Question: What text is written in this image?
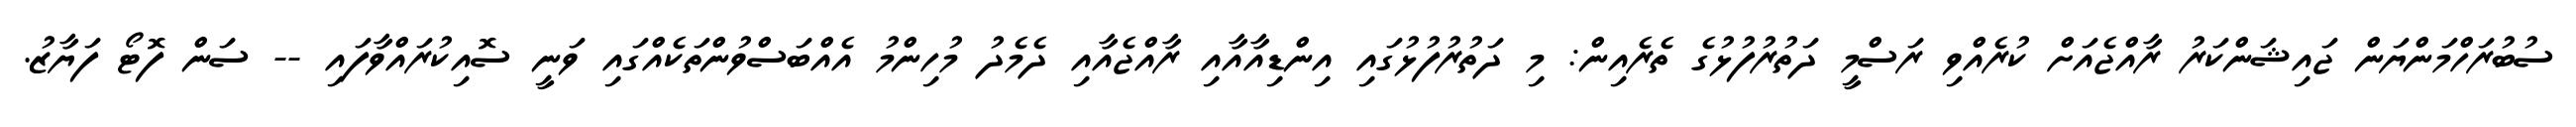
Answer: ސުބުރަހްމަންޔަން ޖައިޝަންކަރު ރާއްޖެއަށް ކުރެއްވި ރަސްމީ ދަތުރުފުޅުގެ ތެރެއިން: މި ދަތުރުފުޅުގައި އިންޑިއާއާއި ރާއްޖެއާއި ދެމެދު މުހިންމު އެއްބަސްވުންތަކެއްގައި ވަނީ ސޮއިކުރައްވާފައި -- ސަން ފޮޓޯ ފަޔާޒު.